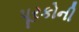
પૂરકોની